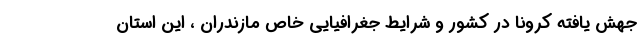
جهش یافته کرونا در کشور و شرایط جغرافیایی خاص مازندران ، این استان